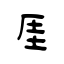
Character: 厓